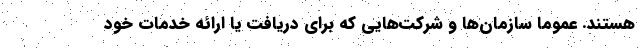
هستند. عموما سازمان‌ها و شرکت‌هایی که برای دریافت یا ارائه خدمات خود